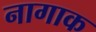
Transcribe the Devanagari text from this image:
नागाक